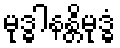
မုဒ္ဓါနန္တိမုဒ္ဓံ